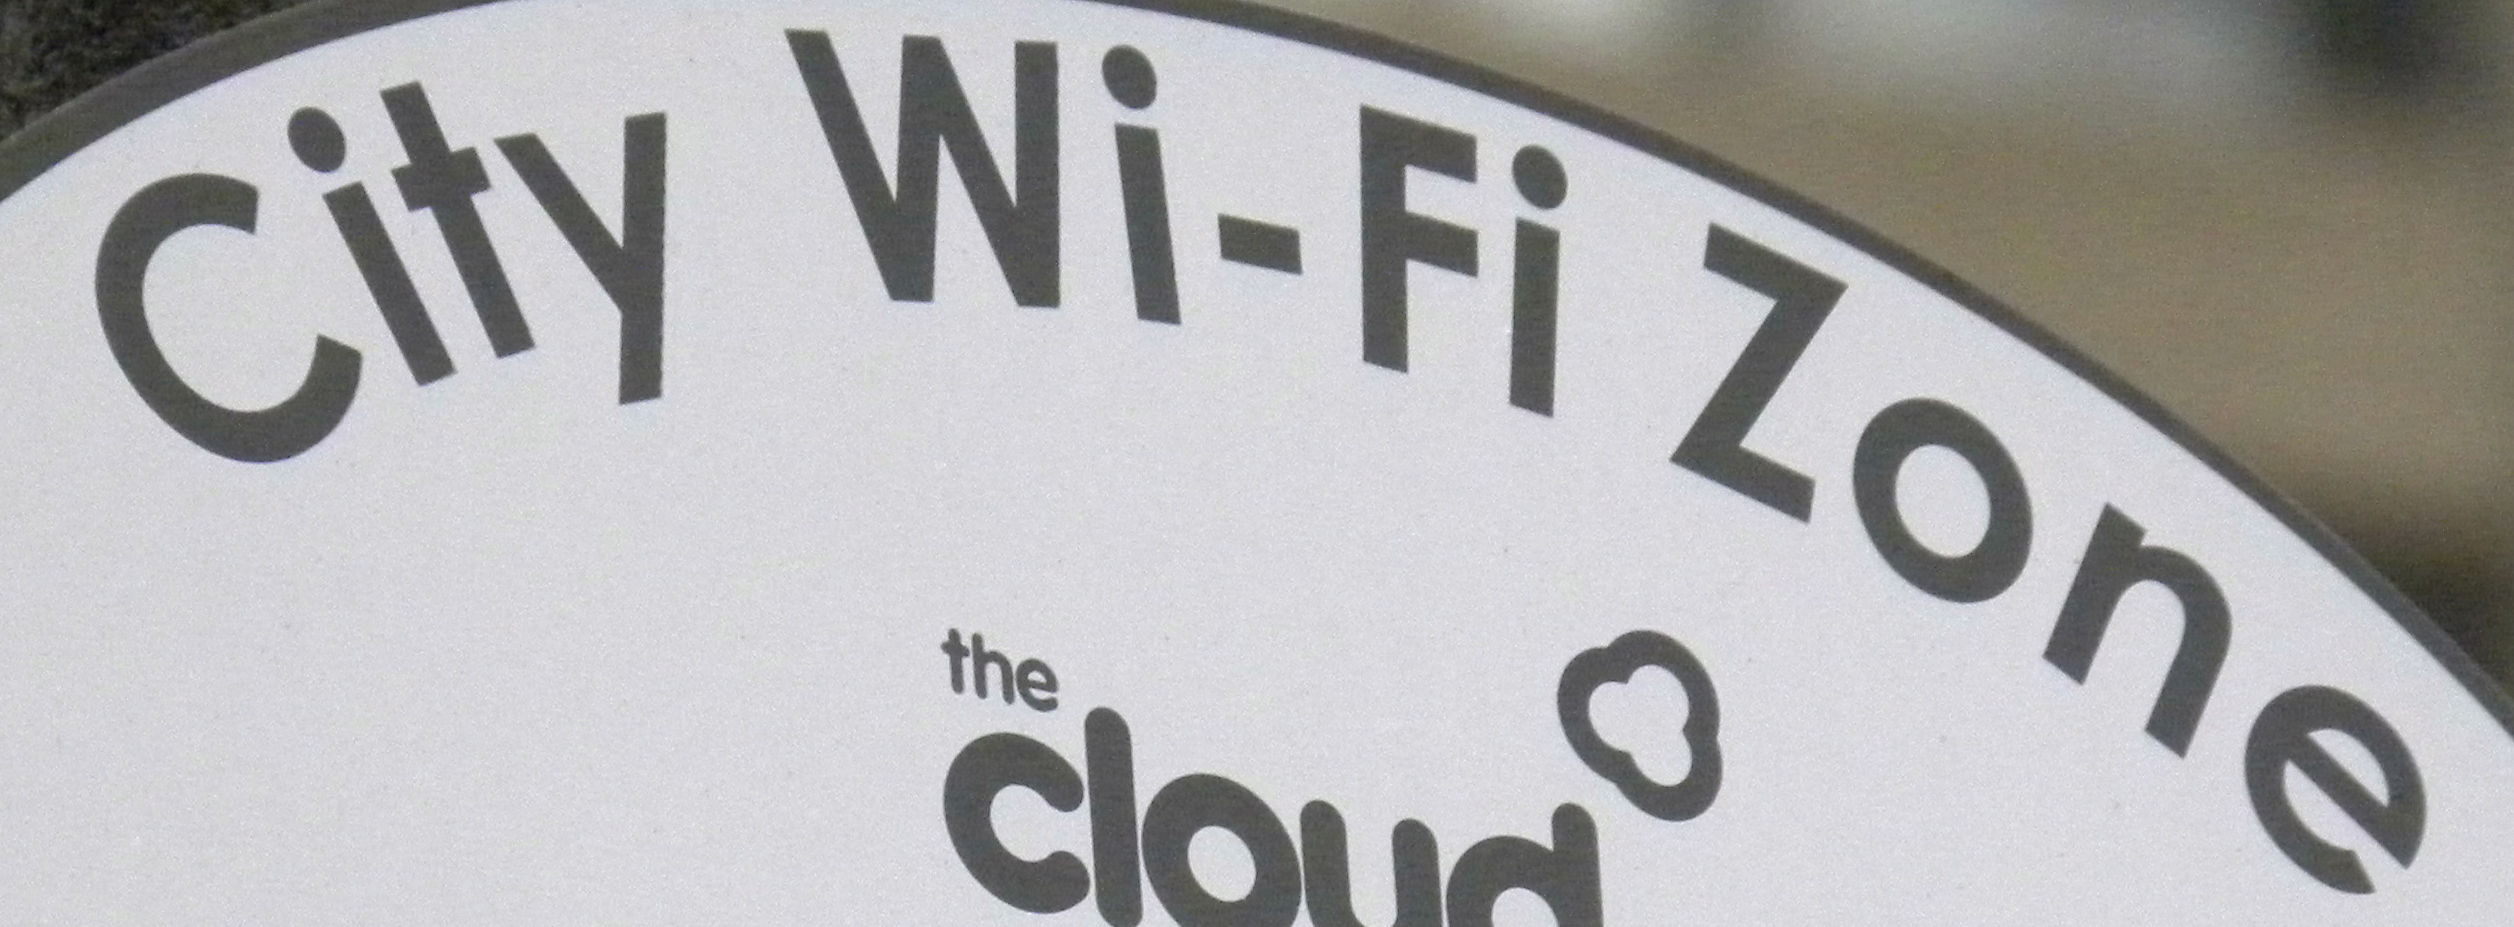
City Wi-Fi Zone